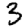
Digit: 3